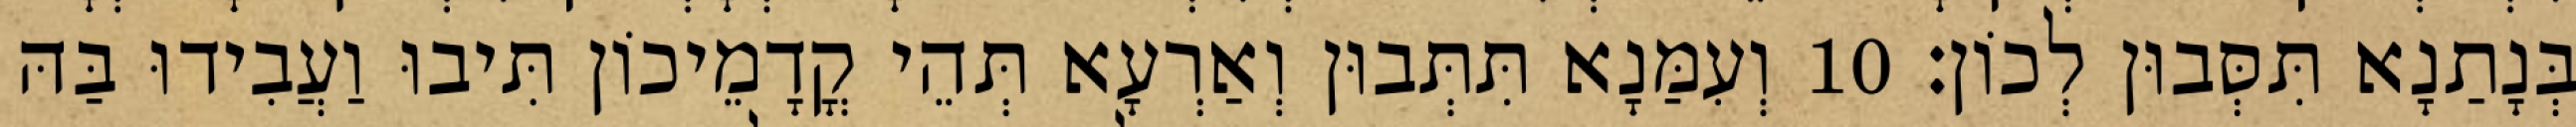
בְּנָתַנָא תִּסְּבוּן לְכוֹן׃ 10 וְעִמַּנָא תִּתְּבוּן וְאַרְעָא תְּהֵי קֳדָמֵיכוֹן תִּיבוּ וַעֲבִידוּ בַּהּ